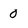
Character: 0